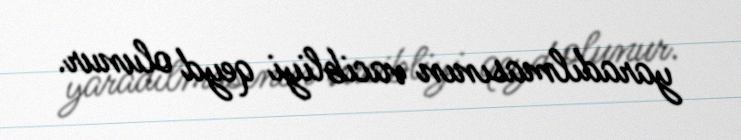
yaradılmasının vacibliyi qeyd olunur.